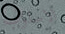
الاسلوب